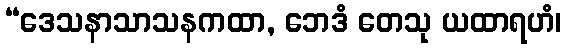
“ဒေသနာသာသနကထာ, ဘေဒံ တေသု ယထာရဟံ၊